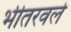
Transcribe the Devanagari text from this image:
भीतरवले